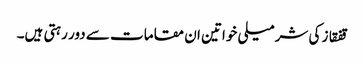
قفقاز کی شرمیلی خواتین ان مقامات سے دور رہتی ہیں۔